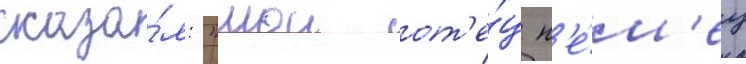
сказа́л: "мои от'е́ц н'е́м'ец